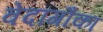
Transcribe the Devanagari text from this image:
वेदांगौंका